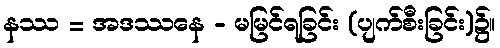
နဿ = အဒဿနေ - မမြင်ရခြင်း (ပျက်စီးခြင်း)၌။